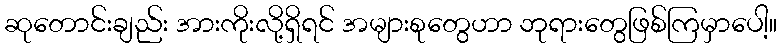
ဆုတောင်းချည်း အားကိုးလို့ရှိရင် အများစုတွေဟာ ဘုရားတွေဖြစ်ကြမှာပေါ့။